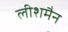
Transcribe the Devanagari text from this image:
लीशमैन